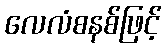
လေလံစနစ်ဖြင့်